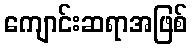
ကျောင်းဆရာအဖြစ်